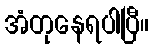
အံတုနေရပါပြီ။